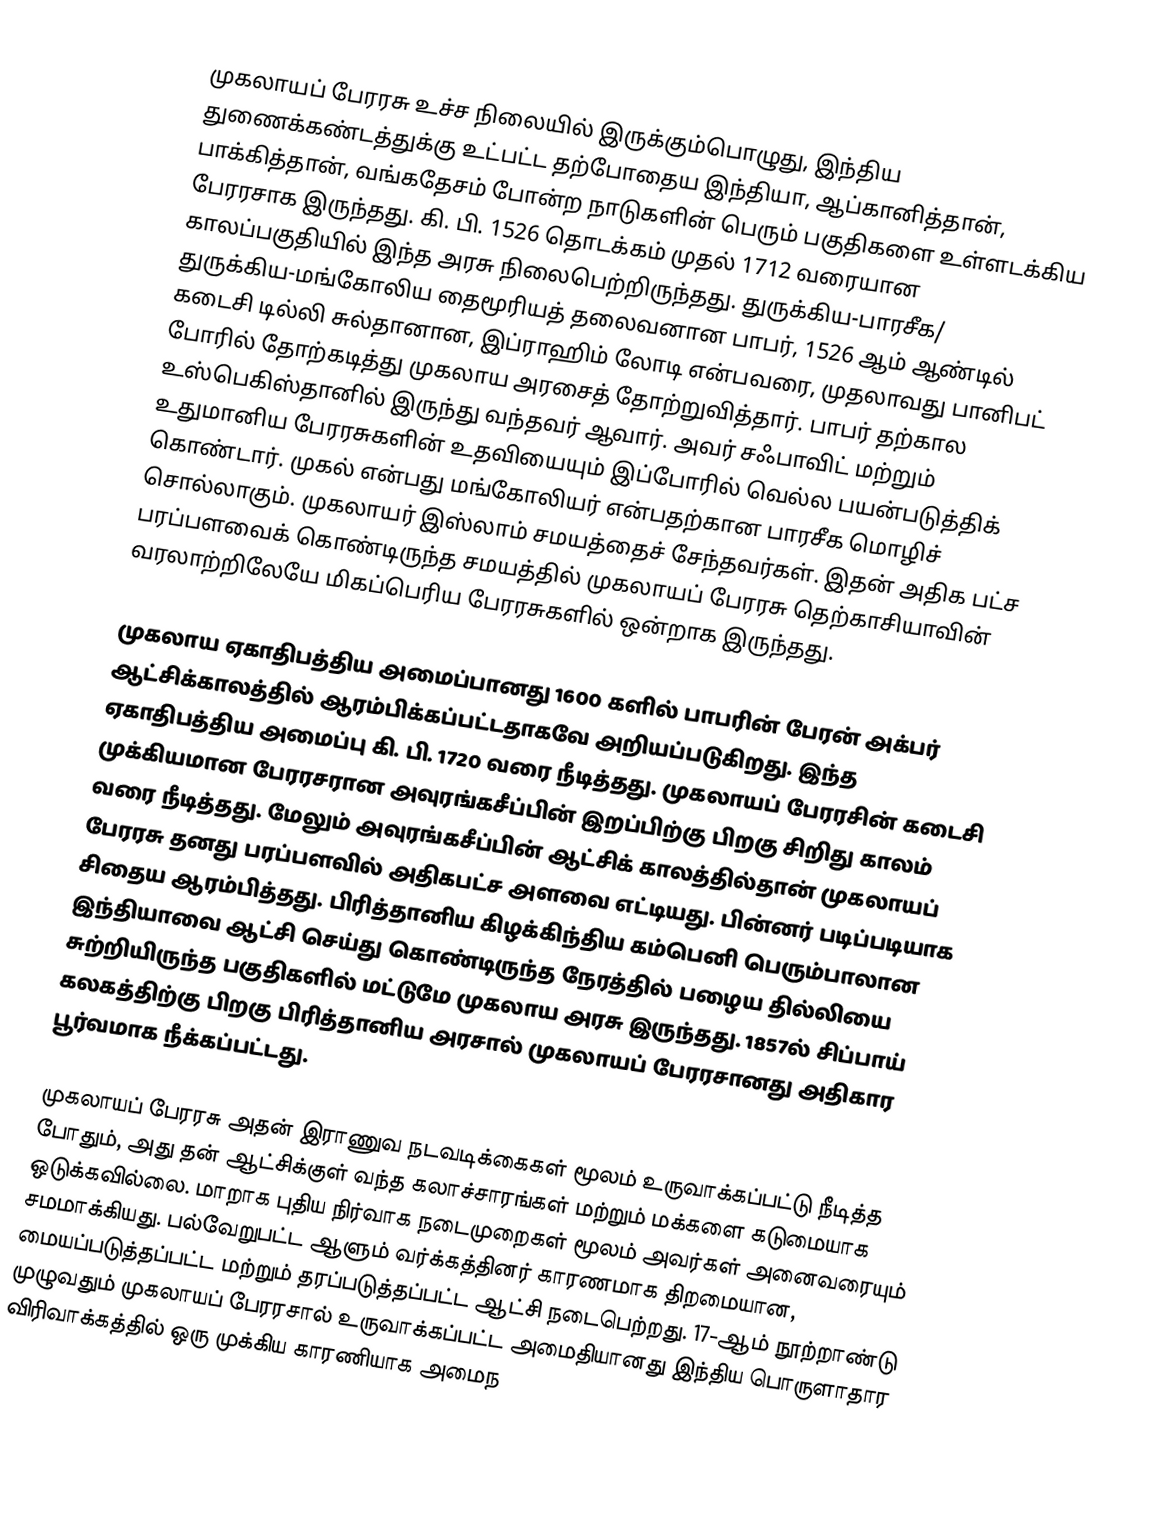
முகலாயப் பேரரசு உச்ச நிலையில் இருக்கும்பொழுது, இந்திய துணைக்கண்டத்துக்கு உட்பட்ட தற்போதைய  இந்தியா, ஆப்கானித்தான், பாக்கித்தான், வங்கதேசம் போன்ற நாடுகளின் பெரும் பகுதிகளை உள்ளடக்கிய பேரரசாக இருந்தது. கி. பி. 1526 தொடக்கம் முதல் 1712 வரையான காலப்பகுதியில் இந்த அரசு நிலைபெற்றிருந்தது. துருக்கிய-பாரசீக/ துருக்கிய-மங்கோலிய தைமூரியத் தலைவனான பாபர், 1526 ஆம் ஆண்டில் கடைசி டில்லி சுல்தானான, இப்ராஹிம் லோடி என்பவரை, முதலாவது பானிபட் போரில் தோற்கடித்து முகலாய அரசைத் தோற்றுவித்தார். பாபர் தற்கால உஸ்பெகிஸ்தானில் இருந்து வந்தவர் ஆவார். அவர் சஃபாவிட் மற்றும் உதுமானிய பேரரசுகளின் உதவியையும் இப்போரில் வெல்ல பயன்படுத்திக் கொண்டார். முகல் என்பது மங்கோலியர் என்பதற்கான பாரசீக மொழிச் சொல்லாகும். முகலாயர் இஸ்லாம் சமயத்தைச் சேந்தவர்கள். இதன் அதிக பட்ச பரப்பளவைக் கொண்டிருந்த சமயத்தில் முகலாயப் பேரரசு தெற்காசியாவின் வரலாற்றிலேயே மிகப்பெரிய பேரரசுகளில் ஒன்றாக இருந்தது.

முகலாய ஏகாதிபத்திய அமைப்பானது 1600 களில் பாபரின் பேரன் அக்பர் ஆட்சிக்காலத்தில் ஆரம்பிக்கப்பட்டதாகவே அறியப்படுகிறது. இந்த ஏகாதிபத்திய அமைப்பு கி. பி. 1720 வரை நீடித்தது. முகலாயப் பேரரசின் கடைசி முக்கியமான பேரரசரான அவுரங்கசீப்பின் இறப்பிற்கு பிறகு சிறிது காலம் வரை நீடித்தது. மேலும் அவுரங்கசீப்பின் ஆட்சிக் காலத்தில்தான் முகலாயப் பேரரசு தனது பரப்பளவில் அதிகபட்ச அளவை எட்டியது. பின்னர் படிப்படியாக சிதைய ஆரம்பித்தது. பிரித்தானிய கிழக்கிந்திய கம்பெனி பெரும்பாலான இந்தியாவை ஆட்சி செய்து கொண்டிருந்த நேரத்தில் பழைய தில்லியை சுற்றியிருந்த பகுதிகளில் மட்டுமே முகலாய அரசு இருந்தது. 1857ல் சிப்பாய் கலகத்திற்கு பிறகு பிரித்தானிய அரசால் முகலாயப் பேரரசானது அதிகார பூர்வமாக நீக்கப்பட்டது.

முகலாயப் பேரரசு அதன் இராணுவ நடவடிக்கைகள் மூலம் உருவாக்கப்பட்டு நீடித்த போதும், அது தன் ஆட்சிக்குள் வந்த கலாச்சாரங்கள் மற்றும் மக்களை கடுமையாக ஒடுக்கவில்லை. மாறாக புதிய நிர்வாக நடைமுறைகள் மூலம் அவர்கள் அனைவரையும் சமமாக்கியது. பல்வேறுபட்ட ஆளும் வர்க்கத்தினர் காரணமாக திறமையான, மையப்படுத்தப்பட்ட மற்றும் தரப்படுத்தப்பட்ட ஆட்சி நடைபெற்றது. 17-ஆம் நூற்றாண்டு முழுவதும் முகலாயப் பேரரசால் உருவாக்கப்பட்ட அமைதியானது இந்திய பொருளாதார விரிவாக்கத்தில் ஒரு முக்கிய காரணியாக அமைந